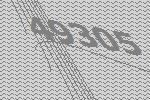
49305